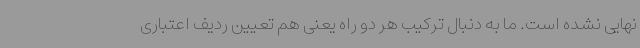
نهایی نشده است. ما به دنبال ترکیب هر دو راه یعنی هم تعیین ردیف اعتباری